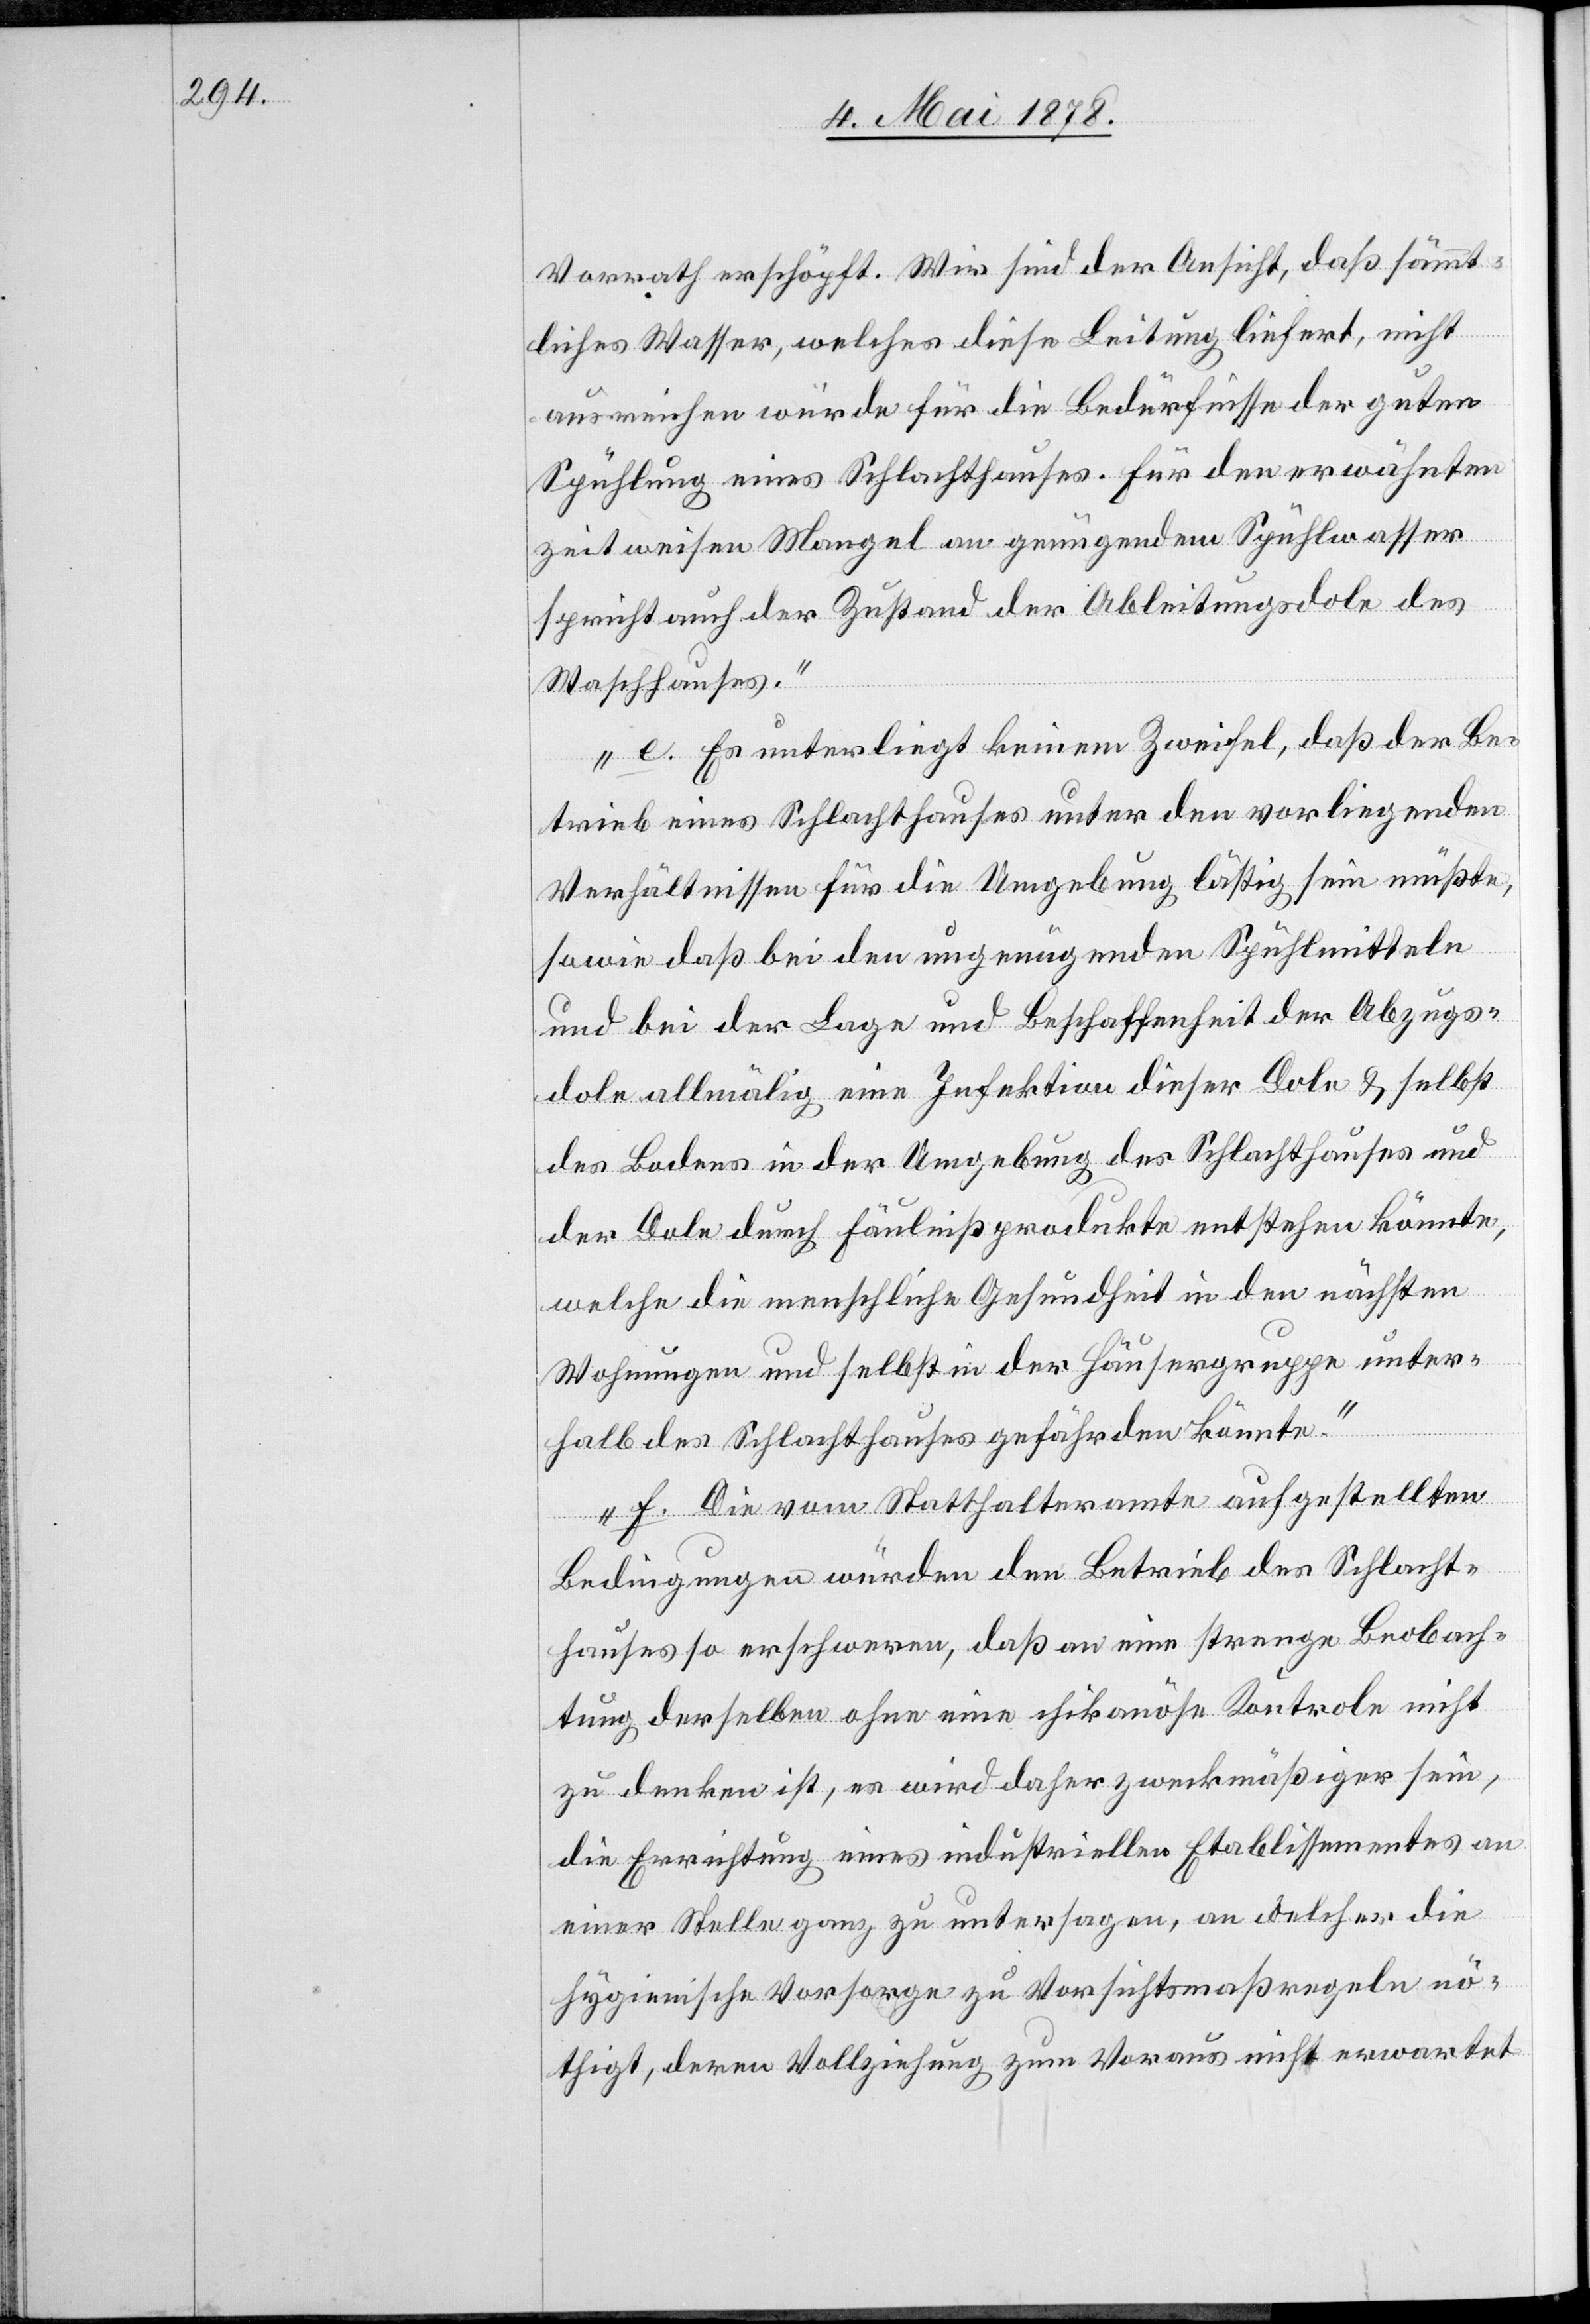
Vorrath erschöpft. Wir sind der Ansicht, daß sämmt¬
liches Wasser, welches diese Leitung liefert, nicht
ausreichen würde für die Bedürfnisse der guten
Spühlung eines Schlachthauses. Für den erwähnten
zeitweisen Mangel an genügendem Spühlwasser
spricht auch der Zustand der Ableitungsdole des
Waschhauses.“
„e. Es unterliegt keinem Zweifel, daß der Be¬
trieb eines Schlachthauses unter den vorliegenden
Verhältnissen für die Umgebung lästig sein müßte,
sowie daß bei den ungenügenden Spühlmitteln
und bei der Lage und Beschaffenheit der Abzugs¬
dole allmälig eine Infektion dieser Dole & selbst
des Bodens in der Umgebung des Schlachthauses und
der Dole durch Fäulnißprodukte entstehen könnte,
welche die menschliche Gesundheit in der nächsten
Wohnung und selbst in der Häusergruppe unter¬
halb des Schlachthauses gefährden könnte.“
„f. Die vom Statthalteramt aufgestellten
Bedingungen würden den Betrieb des Schlacht¬
hauses so erschweren, daß an eine strenge Beobach¬
tung derselben ohne eine chikanöse Kontrole nicht
zu denken ist, es wird daher zweckmäßiger sein,
die Errichtung eines industriellen Etablissements an
einer Stelle ganz zu untersagen, an welcher die
hygienische Vorsorge zu Vorsichtsmaßregeln nö¬
thigt, deren Vollziehung zum Voraus nicht erwartet